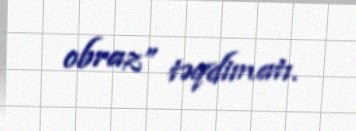
obraz” təqdimatı.